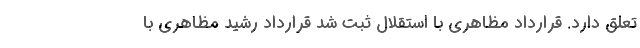
تعلق دارد. قرارداد مظاهری با استقلال ثبت شد قرارداد رشید مظاهری با